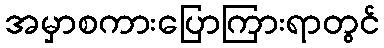
အမှာစကားပြောကြားရာတွင်